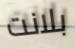
بلانت